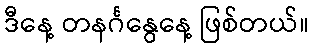
ဒီနေ့ တနင်္ဂနွေနေ့ ဖြစ်တယ်။